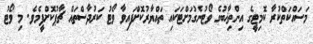
މަސައްކަތްކުރާ ކޮމިޓީގެ އިންތިޚާބުގެ ވޯޓުނެގުމަށްޓަކައި ތައްޔާރުކޮށްފައިވާ ވޯޓު ކަރުދާސްތައް ޗާޕުކޮށްފީމެވެ. މި ވޯޓު